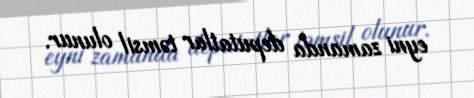
eyni zamanda deputatlar təmsil olunur.